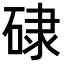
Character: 𥓏